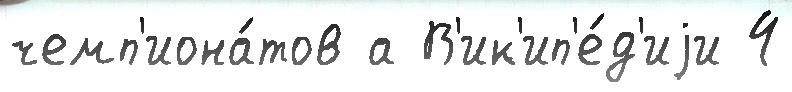
чемп'иона́тов а В'ик'ип'е́д'иjи 4